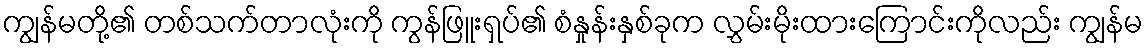
ကျွန်မတို့၏ တစ်သက်တာလုံးကို ကွန်ဖြူးရှပ်၏ စံနှုန်းနှစ်ခုက လွှမ်းမိုးထားကြောင်းကိုလည်း ကျွန်မ